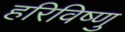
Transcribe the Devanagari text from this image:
हरिविष्णु